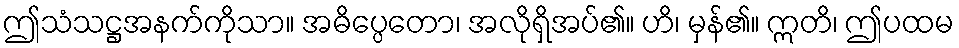
ဤသံသဋ္ဌအနက်ကိုသာ။ အဓိပ္ပေတော၊ အလိုရှိအပ်၏။ ဟိ၊ မှန်၏။ ဣတိ၊ ဤပထမ